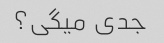
جدی میگی؟